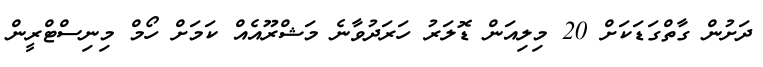
ދަށުން ގާތްގަޑަކަށް 20 މިލިއަން ޑޮލަރު ހަރަދުވާނެ މަޝްރޫއެއް ކަމަށް ހޯމް މިނިސްޓްރީން